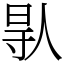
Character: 𠊛